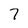
Character: 7